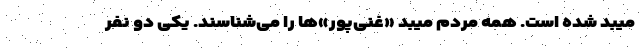
میبد شده است. همه مردم میبد «غنی‌پور»ها را می‌شناسند. یکی دو نفر